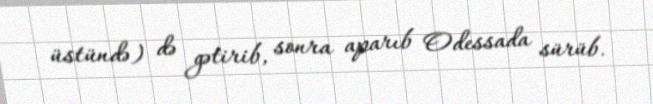
üstündə) də gətirib, sonra aparıb Odessada sürüb.